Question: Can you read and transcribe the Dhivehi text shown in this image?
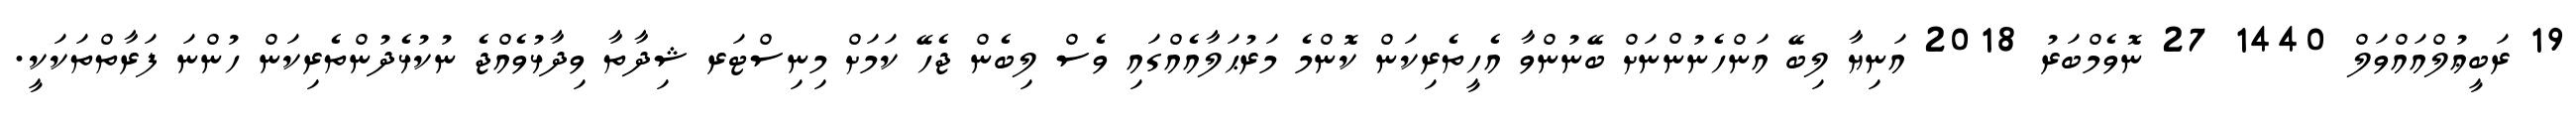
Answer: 19 ރަބީޢުލްއައްވަލް 1440 27 ނޮވެމްބަރު 2018 އަނިޔާ ލިބޭ އަންހެނުންނަށް ބޭނުންވާ އެހީތެރިކަން ކޮންމެ މަރުޙަލާއެއްގައި ވެސް ލިބެން ޖެހޭ ކަމަށް މިނިސްޓަރ ޝިދާތާ ވިދާޅުވެއްޖެ ނުކުޅެދުންތެރިކަން ހުންނަ ފަރާތްތަކަކީ.